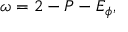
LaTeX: \omega = 2 - P - E _ { \phi } ,